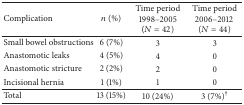
<table><thead><tr><td><b>Complication</b></td><td><b><i>n</i> (%) </b></td><td><b>Time period1998–2005(<i>N</i> = 42)</b></td><td><b>Time period2006–2012 (<i>N</i> = 44)</b></td></tr></thead><tbody><tr><td>Small bowel obstructions</td><td>6 (7%)</td><td>3</td><td>3</td></tr><tr><td>Anastomotic leaks</td><td>4 (5%)</td><td>4</td><td>0</td></tr><tr><td>Anastomotic stricture</td><td>2 (2%)</td><td>2</td><td>0</td></tr><tr><td>Incisional hernia</td><td>1 (1%)</td><td>1</td><td>0</td></tr><tr><td>Total</td><td>13 (15%)</td><td>10 (24%)</td><td>3 (7%)<sup>†</sup></td></tr></tbody></table>